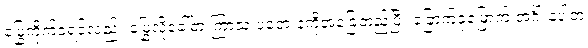
မြွေကိုက်ခဲ့ရင်လည်း မြွေလို့ခေါ်တဲ့ ကြာသ ပတေးနံကိုအခြေတည်ပြီး ခြောက်ခုမြောက် အင်္ဂါ နံပါတဲ့